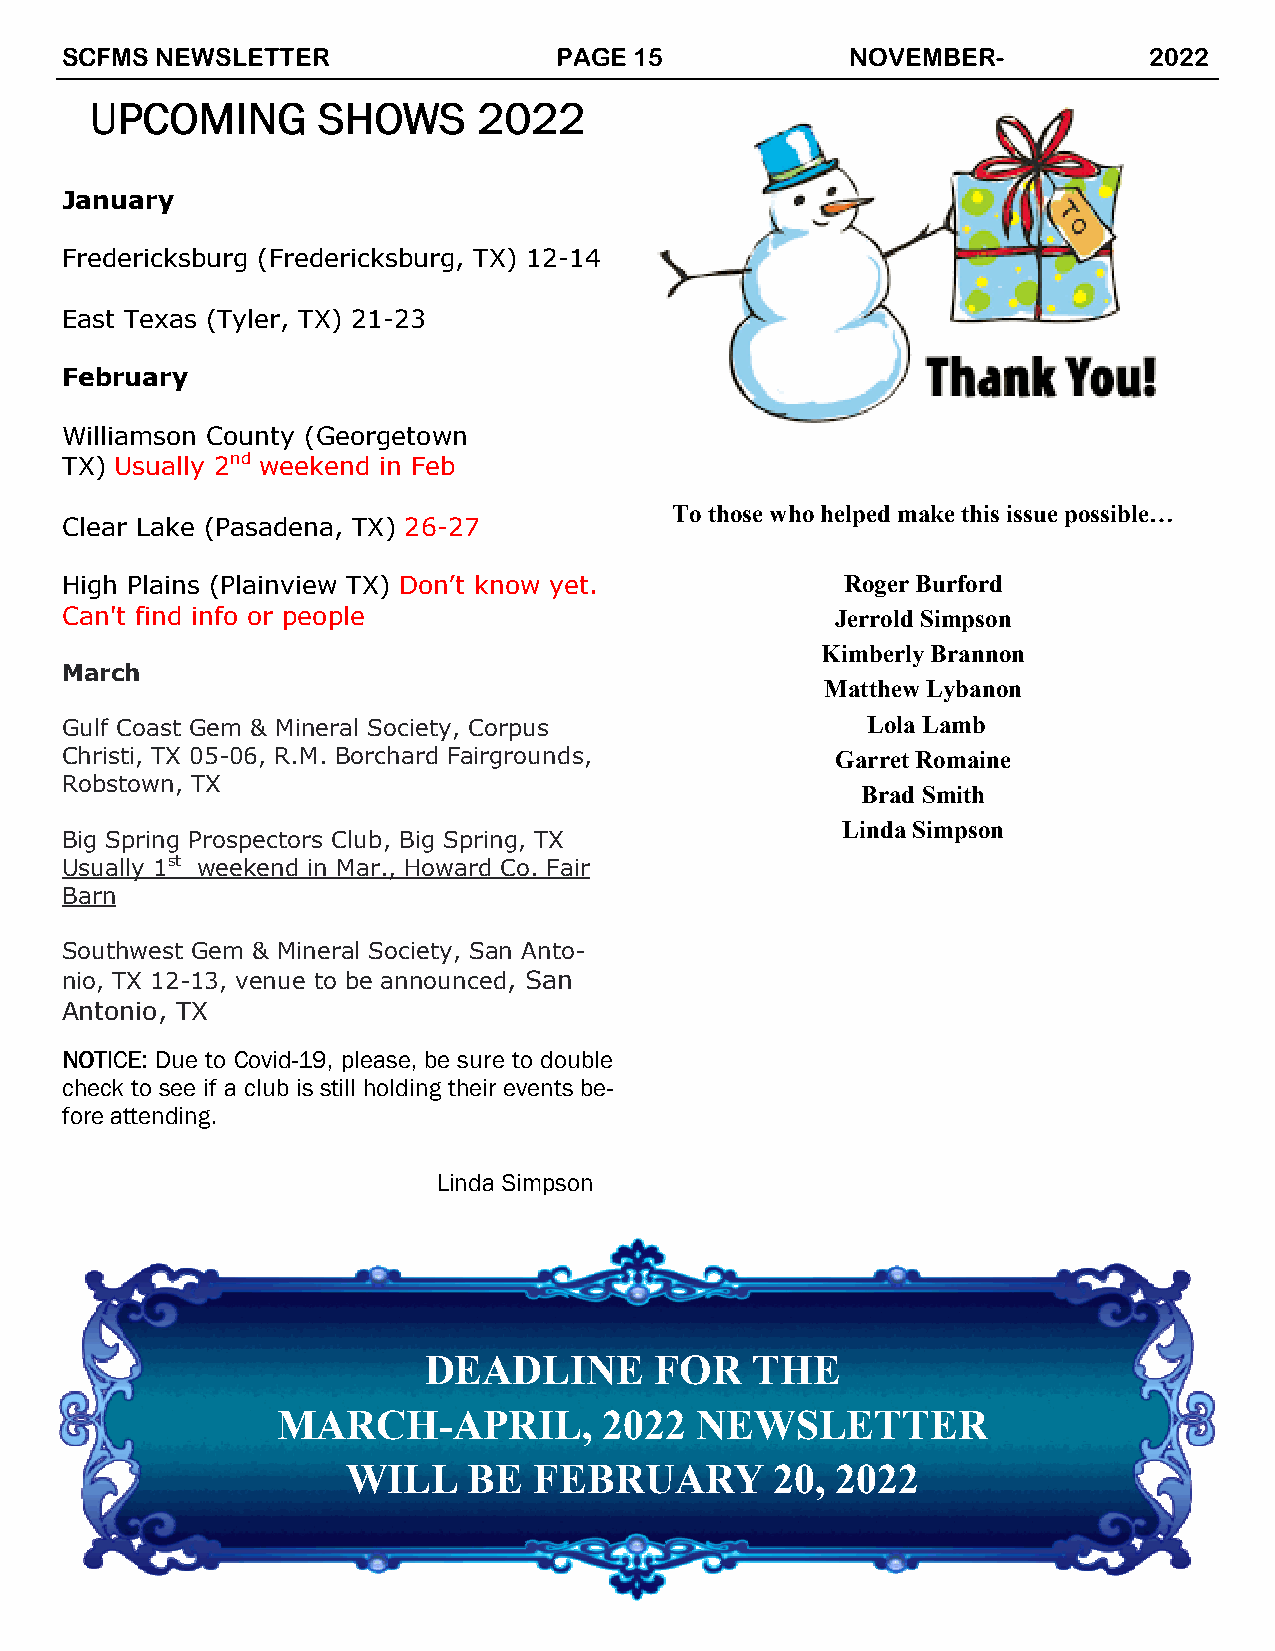
SCFMS NEWSLETTER                 PAGE 15            NOVEMBER-           2022
 UUUUPPPPCCCCOOOOMMMMIIIINNNNGGGG SSSSHHHHOOOOWWWWSSSS 2222000022222222
 January
 Fredericksburg (Fredericksburg, TX) 12-14
 East Texas (Tyler, TX) 21-23
 February
 Williamson County (Georgetown
 TX) Usually 2nd weekend in Feb
 To those who helped make this issue possible…
 Clear Lake (Pasadena, TX) 26-27
 High Plains (Plainview TX) Don’t know yet.          Roger Burford
 Can't find info or people                          Jerrold Simpson
 Kimberly Brannon
 March
 Matthew Lybanon
 Gulf Coast Gem & Mineral Society, Corpus             Lola Lamb
 Christi, TX 05-06, R.M. Borchard Fairgrounds,      Garret Romaine
 Robstown, TX
 Brad Smith
 Linda Simpson
 Big Spring Prospectors Club, Big Spring, TX
 Usually 1st weekend in Mar., Howard Co. Fair
 Barn
 Southwest Gem & Mineral Society, San Anto-
 nio, TX 12-13, venue to be announced, San
 Antonio, TX
 NNNNOOOOTTTTIIIICCCCEEEE:::: Due to Covid-19, please, be sure to double
 check to see if a club is still holding their events be-
 fore attending.
 Linda Simpson
 DEADLINE       FOR    THE
 MARCH-APRIL,          2022  NEWSLETTER
 WILL    BE  FEBRUARY        20, 2022